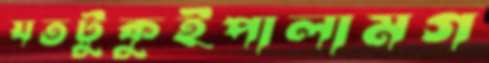
যতটুকুইপালামগ